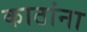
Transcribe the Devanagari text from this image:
काठांना